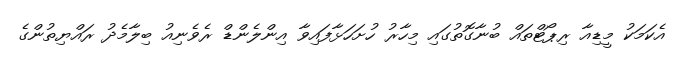
އެކަމަކު މީޑިއާ ރިޕޯޓްތައް ބުނާގޮތުގައި މިހާރު ހުށަހަޅާފައިވާ އިންލެންޑް ރެވެނިއު ބިލާމެދު ރައްޔިތުންގެ